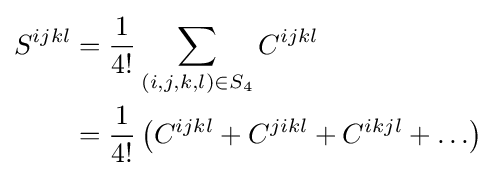
{\begin{aligned}S^{ijkl}&={\frac {1}{4!}}\sum _{(i,j,k,l)\in S_{4}}C^{ijkl}\\&={\frac {1}{4!}}\left(C^{ijkl}+C^{jikl}+C^{ikjl}+\ldots \right)\end{aligned}}